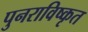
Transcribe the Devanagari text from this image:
पुनराविष्कृत